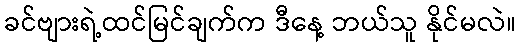
ခင်ဗျားရဲ့ထင်မြင်ချက်က ဒီနေ့ ဘယ်သူ နိုင်မလဲ။